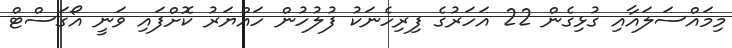
މިމައްސަލައާއި ގުޅިގެން 22 އަހަރުގެ ފިރިހެނަކު ފުލުހުން ހައްޔަރު ކޮށްފައި ވަނީ އޯގަސްޓް